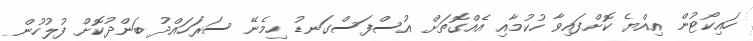
ހައިކޯޓުން އިއްޔެ ކޮށްފައިވާ ހުކުމާއި އެއްގޮތަށް އުސްފަސްގަނޑު ހިމެނޭ ސަރަހައްދު ބަންދުކޮށް ފުލުހުން